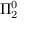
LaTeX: \Pi _ { 2 } ^ { 0 }